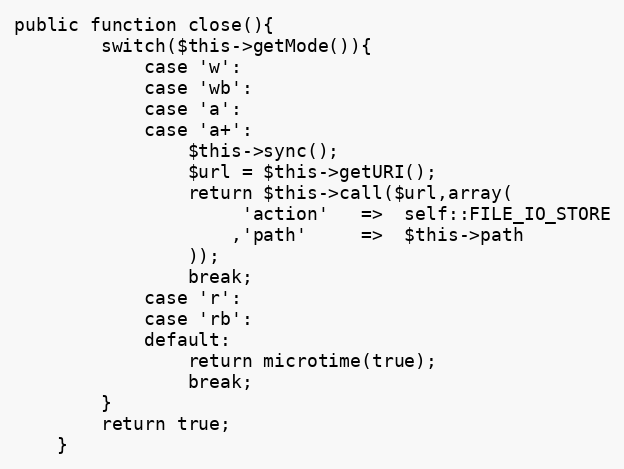
Language: PHP
public function close(){
		switch($this->getMode()){
			case 'w':
			case 'wb':
			case 'a':
			case 'a+':
				$this->sync();
				$url = $this->getURI();
				return $this->call($url,array(
					 'action'	=>	self::FILE_IO_STORE
					,'path'		=>	$this->path
				));
				break;
			case 'r':
			case 'rb':
			default:
				return microtime(true);
				break;
		}
		return true;
	}